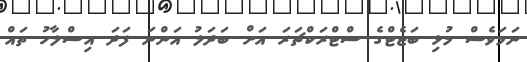
ނަމަވެސް މުޅި ބަޖެޓްގެ ސްޓްރަކްޗަރަ އަށް ބަދަލު އަންނަ ފަދަ އިސްލާހު ތައް